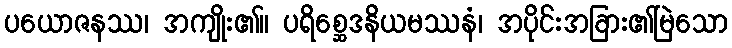
ပယောဇနဿ၊ အကျိုး၏။ ပရိစ္ဆေဒနိယမဿနံ၊ အပိုင်းအခြား၏မြဲသော